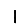
Digit: 1